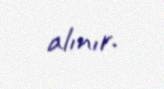
alınır.